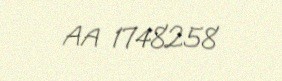
AA 1748258